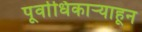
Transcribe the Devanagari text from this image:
पूर्वाधिकार्‍याहून